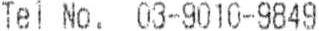
TEL NO. 03-9010-9849